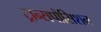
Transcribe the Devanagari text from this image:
ट्रान्सपोसिशन